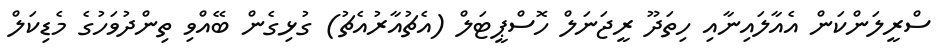
ސްރީލަންކަން އެއާލައިނާއި ހިތަދޫ ރީޖަނަލް ހޮސްޕީޓަލް (އެޗުއާރުއެޗު) ގުޅިގެން ބޭއްވި ތިންދުވަހުގެ މެޑިކަލް